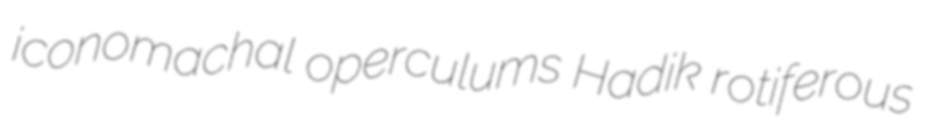
iconomachal operculums Hadik rotiferous